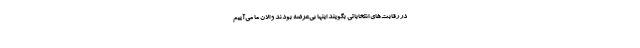
در رقابت‌های انتخاباتی بگویند اینها بی‌عرضه بودند و الان ما می‌آییم